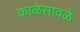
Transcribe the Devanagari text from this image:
काळेसावळे